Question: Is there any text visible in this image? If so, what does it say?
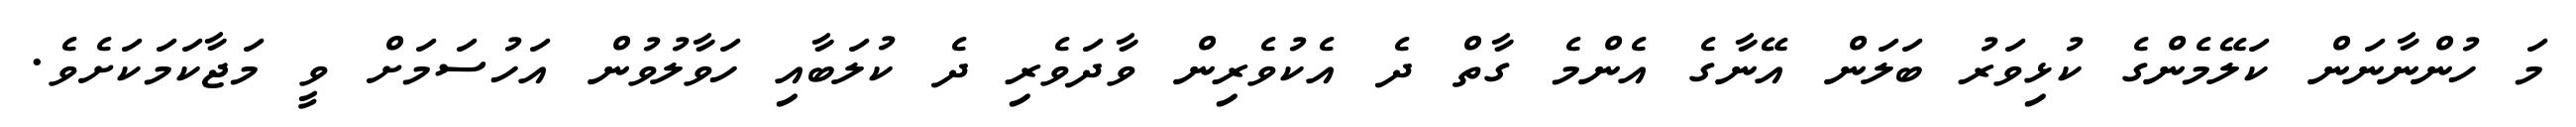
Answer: މަ ހުންނާނަން ކަލޭމެންގެ ކުޅިވަރު ބަލަން އޭނާގެ އެންމެ ގާތް ދެ އެކުވެރިން ވާދަވެރި ދެ ކުލަބާއި ހަވާލުވުން އަހުސަމަށް ވީ މަޖާކަމަކަށެވެ.